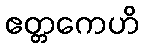
ဧတ္တကေဟိ